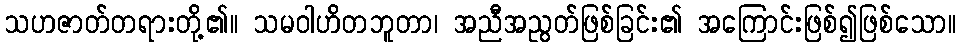
သဟဇာတ်တရားတို့၏။ သမဝါဟိတဘူတာ၊ အညီအညွတ်ဖြစ်ခြင်း၏ အကြောင်းဖြစ်၍ဖြစ်သော။